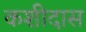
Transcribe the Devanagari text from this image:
कशीदास